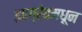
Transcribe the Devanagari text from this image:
झाग्रेबमधून